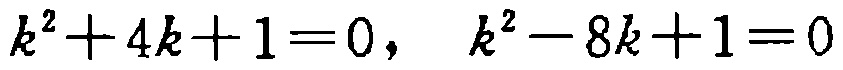
\(k^{2}+4k + 1 = 0,\ k^{2}-8k + 1 = 0\)